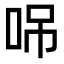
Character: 𠲢